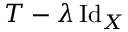
T - \lambda \operatorname { I d } _ { X }